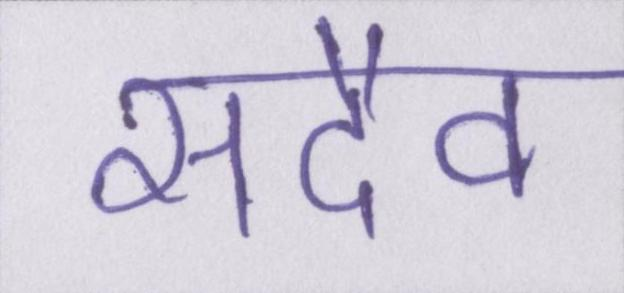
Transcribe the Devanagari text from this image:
सदैव